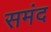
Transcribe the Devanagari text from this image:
समंद